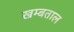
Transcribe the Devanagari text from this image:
खम्बताल